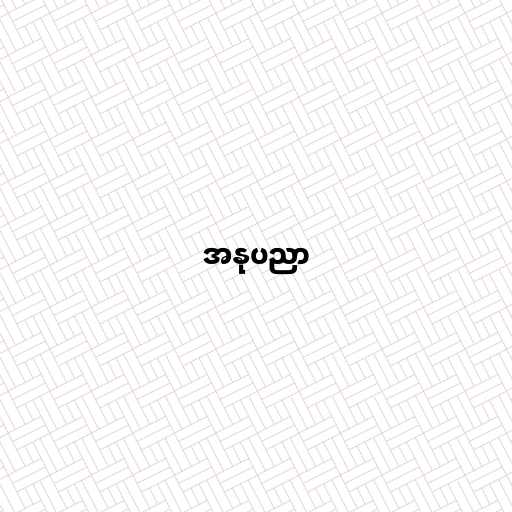
အနုပညာ